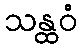
သန္ထဝံ